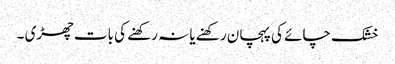
خشک چائے کی پہچان رکھنے یا نہ رکھنے کی بات چھڑی ۔